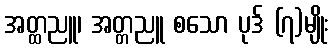
အတ္ထညူ၊ အတ္တညူ စသော ပုဒ် (၇)မျိုး